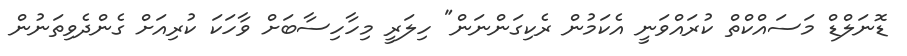
ޑޮނަލްޑް މަސައްކްތް ކުރައްވަނީ އެކަމުން ރެކިގަންނަން" ހިލަރީ މިހާހިސާބަށް ވާހަކަ ކުރިއަށް ގެންދެވިތަނުން